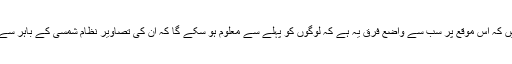
کیریلون پارکو کہتی ہیں کہ اس موقع پر سب سے واضع فرق یہ ہے کہ لوگوں کو پہلے سے معلوم ہو سکے گا کہ ان کی تصاویر نظامِ شمسی کے باہر سے بھی لی جا سکیں گی۔